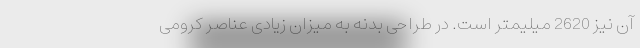
آن نیز 2620 میلیمتر است. در طراحی بدنه به میزان زیادی عناصر کرومی